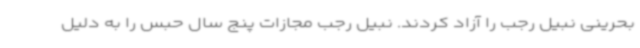
بحرینی نبیل رجب را آزاد کردند. نبیل رجب مجازات پنج سال حبس را به دلیل